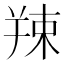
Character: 𦎖